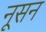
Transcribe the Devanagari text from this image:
नूसन